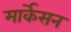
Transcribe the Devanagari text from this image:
मार्केसन